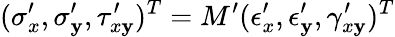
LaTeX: (\sigma_{x}^{\prime},\sigma_{\mathbf{y}}^{\prime},\tau_{x\mathbf{y}}^{\prime})^{T}=M^{\prime}(\epsilon_{x}^{\prime},\epsilon_{\mathbf{y}}^{\prime},\gamma_{x\mathbf{y}}^{\prime})^{T}